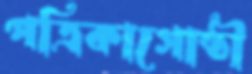
পত্রিকাগোষ্ঠী